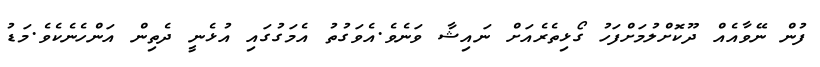
ފުން ނޭވާއެއް ދޫކޮށްލުމަށްފަހު ގޯޅިތެރެއަށް ނައިޝާ ވަނެވެ.އެވަގުތު އެމަގުގައި އުޅެނީ ދެތިން އަންހެނެކެވެ.މަޑު